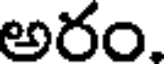
అరం.